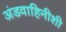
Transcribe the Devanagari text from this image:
अंडवाहिनीशी